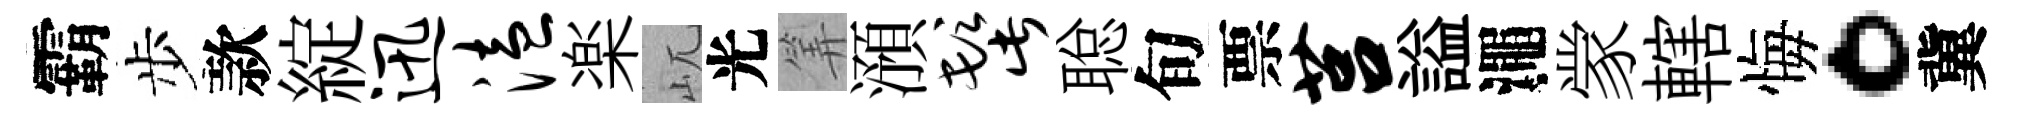
霸步款綻迅溘楽屼光筭澦髭聪旬票莒謚澠䝉轄悔。冀